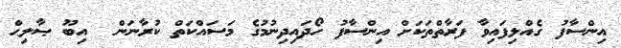
އިންސާފު ގެއްލިފައިވާ ފަރާތްތަަކަށް އިންސާފު ހޯދައިދިނުމުގެ މަސައްކަތް ކުރާނަން  އިބޫ ޞާލިޙް